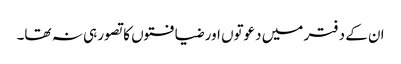
ان کے دفتر میں دعوتوں اور ضیافتوں کا تصور ہی نہ تھا۔